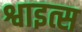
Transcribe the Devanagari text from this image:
श्वाइत्स